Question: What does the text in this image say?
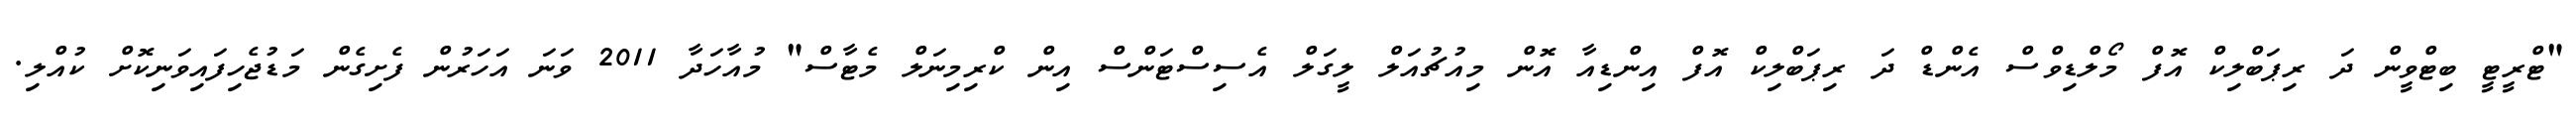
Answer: "ޓްރީޓީ ބިޓްވީން ދަ ރިޕަބްލިކް އޮފް މޯލްޑިވްސް އެންޑް ދަ ރިޕަބްލިކް އޮފް އިންޑިއާ އޮން މިއުޗުއަލް ލީގަލް އެސިސްޓަންސް އިން ކްރިމިނަލް މެޓާސް" މުއާހަދާ 2011 ވަނަ އަހަރުން ފެށިގެން މަޑުޖެހިފައިވަނިކޮށް ކުއްލި.